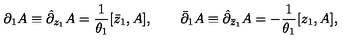
\partial _ { 1 } A \equiv \hat { \partial } _ { z _ { 1 } } A = { \frac { 1 } { \theta _ { 1 } } } [ \bar { z } _ { 1 } , A ] , \qquad \bar { \partial } _ { 1 } A \equiv \hat { \partial } _ { \bar { z } _ { 1 } } A = - { \frac { 1 } { \theta _ { 1 } } } [ z _ { 1 } , A ] ,